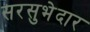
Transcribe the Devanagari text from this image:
सरसुभेदार